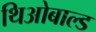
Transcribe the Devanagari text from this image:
थिओबाल्ड